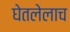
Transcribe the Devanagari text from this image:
घेतलेलाच